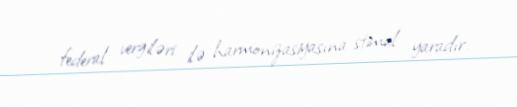
federal vergiləri ilə harmonizasiyasına stimul yaradır.